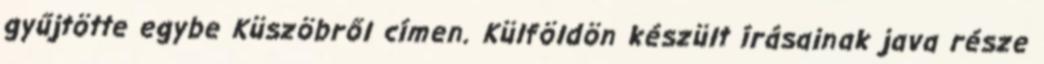
gyűjtötte egybe Küszöbről címen. Külföldön készült írásainak java része